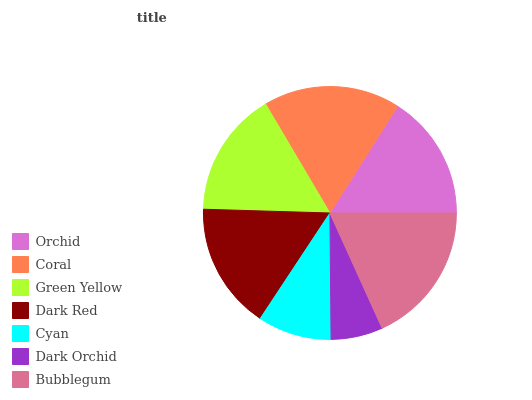
| Orchid | Coral | Green Yellow | Dark Red | Cyan | Dark Orchid | Bubblegum |
 | --- | --- | --- | --- | --- | --- | --- |
 | 16% | 17.5% | 16% | 16.2% | 9.41% | 6.6% | 18.3% |